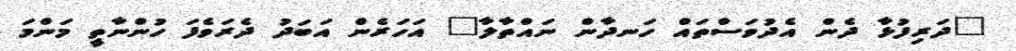
"ދަރިފުޅާ ދެން އެދުވަސްތައް ހަނދާން ނައްތާލާ" އަހަރެން އަބަދު ދެރަވެފަ ހުންނާތީ މަންމަ